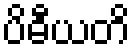
ပိဓီယတိ